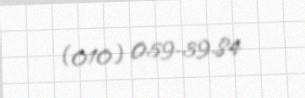
(010) 059-39-84